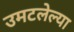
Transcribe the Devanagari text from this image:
उमटलेल्या